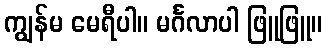
ကျွန်မ မေရီပါ။ မင်္ဂလာပါ ဖြူဖြူ။